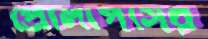
প্রোলাপসের